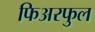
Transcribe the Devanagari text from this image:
फिअरफुल